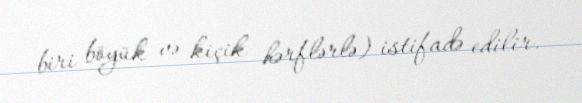
biri böyük və kiçik hərflərlə) istifadə edilir.